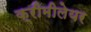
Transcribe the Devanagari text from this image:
क्रीमीलेयर